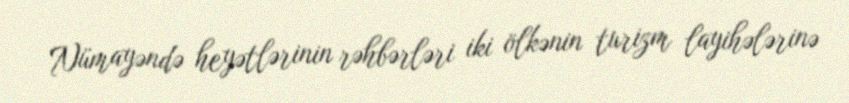
Nümayəndə heyətlərinin rəhbərləri iki ölkənin turizm layihələrinə